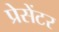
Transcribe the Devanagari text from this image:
प्रेसेंटर